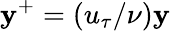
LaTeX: \mathbf{y}^{+}=(u_{\tau}/\nu)\mathbf{y}